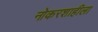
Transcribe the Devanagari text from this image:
नोकरशाहीला